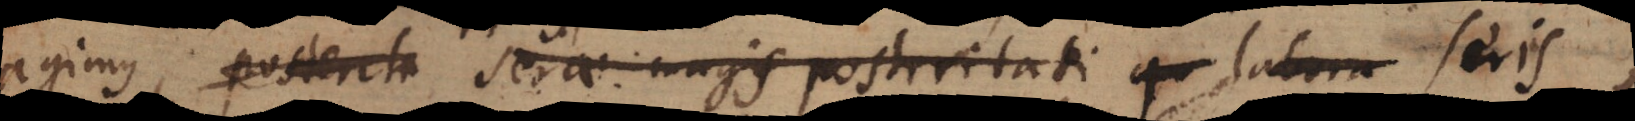
agimus, posterita sera magis posteritati qu labora seris